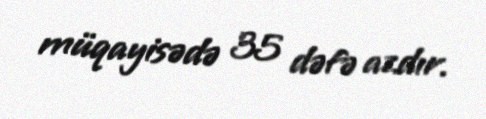
müqayisədə 35 dəfə azdır.